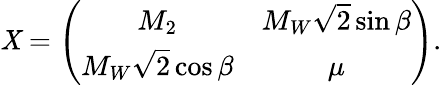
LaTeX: \mathit{X}=\left(\begin{array}{cc}{{M_{2}}}&{{M_{W}\sqrt 2\sin\beta}}\\ {{M_{W}\sqrt 2\cos\beta}}&{{\mu}}\end{array}\right).